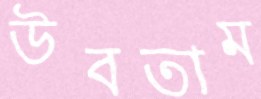
উবতাম